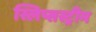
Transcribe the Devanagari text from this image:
स्लिप्सस्ट्रीम